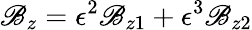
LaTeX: \mathscr{B}_{z}=\epsilon^{2}\mathscr{B}_{z1}+\epsilon^{3}\mathscr{B}_{z2}